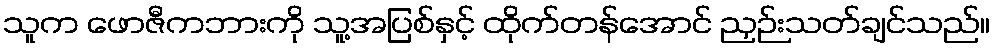
သူက ဖောဇီကဘားကို သူ့အပြစ်နှင့် ထိုက်တန်အောင် ညှဉ်းသတ်ချင်သည်။